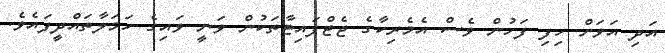
އަދި އަވަށް ހިފި ފަހުން ވެސް އެމެރިކާގެ ޖެޓްފައިޓާތަކުން ވަނީ ވައިގެ ހަމަލާތައްދީފައެވެ.